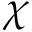
\chi